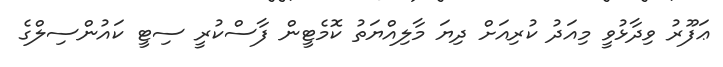
ޢަފޫރު ވިދާޅުވީ މިއަދު ކުރިއަށް ދިޔަ މާލިއްޔަތު ކޮމެޓީން ފާސްކުރީ ސިޓީ ކައުންސިލްގެ